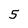
Character: 5